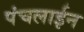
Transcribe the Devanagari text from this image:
पंचलाईन